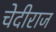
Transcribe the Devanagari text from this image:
चेदीराज